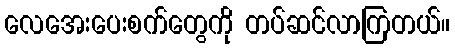
လေအေးပေးစက်တွေကို တပ်ဆင်လာကြတယ်။